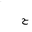
Letter: _ha